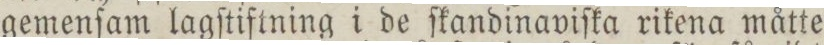
gemenſam lagſtiftning i de ſkandinaviſka rikena måtte